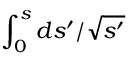
\int _ { 0 } ^ { s } d s ^ { \prime } / \sqrt { s ^ { \prime } }